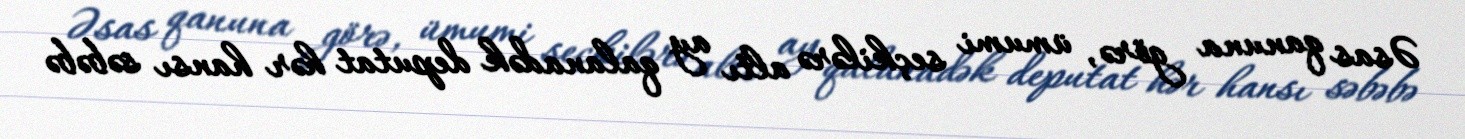
Əsas qanuna görə, ümumi seçkilərə altı ay qalanadək deputat hər hansı səbəbə